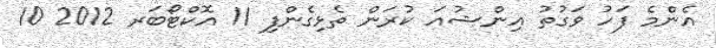
އެންމެ ފަހު ވަގުތު އިންޝުއަ ކުރަން ތެޅިގެންފި 11 އޮކްޓޯބަރ 2012 10